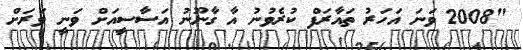
"2008 ވަނަ އަހަރު ތައާރަފް ކުރެވުނު އާ ގާނޫނު އަސާސީއަށް ވަނީ ވަރަށް